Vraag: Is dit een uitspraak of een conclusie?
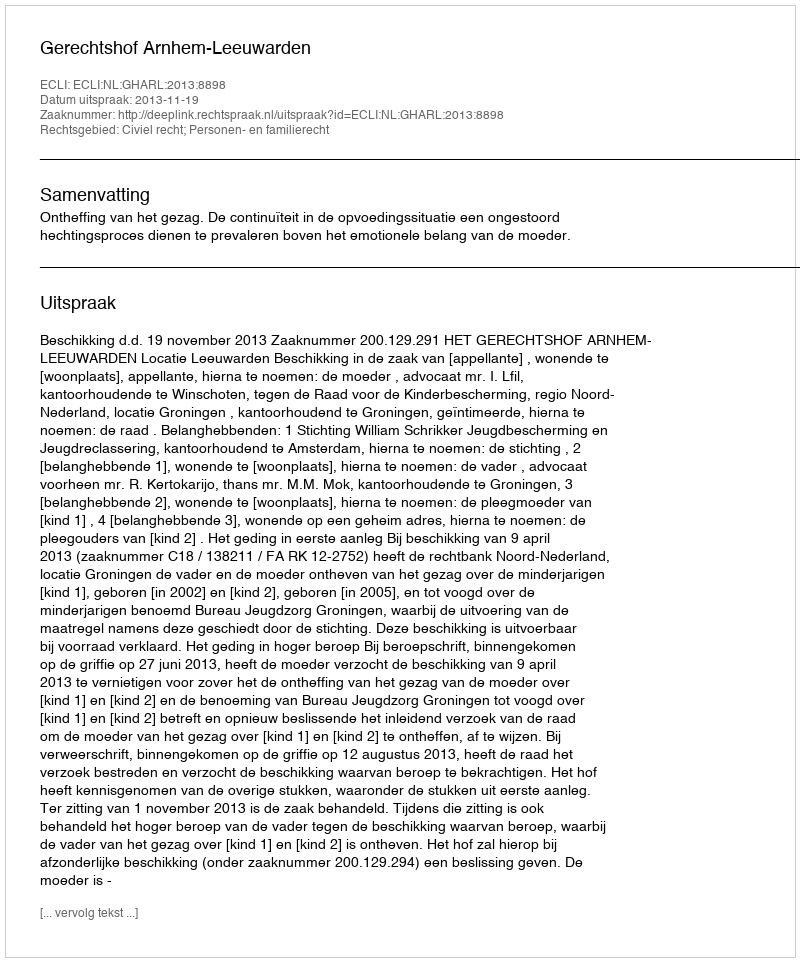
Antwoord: Uitspraak